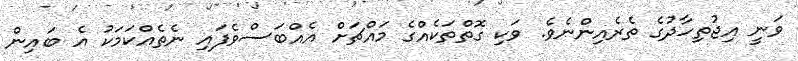
ވަނީ އިޖުތިހާދުގެ ތެރެއިންނެވެ. ވަކި ގޮތްތަކެއްގެ މައްޗަށް އެއްބަސްވެފައި ނެތެއްކަމަކު އެ ބައިން